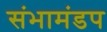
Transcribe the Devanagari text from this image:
संभामंडप